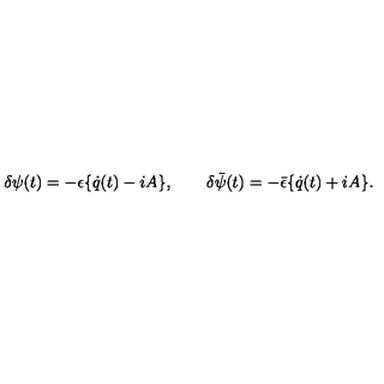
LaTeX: \delta \psi ( t ) = - \epsilon \{ \dot { q } ( t ) - i A \} , \qquad \delta \bar { \psi } ( t ) = - \bar { \epsilon } \{ \dot { q } ( t ) + i A \} .